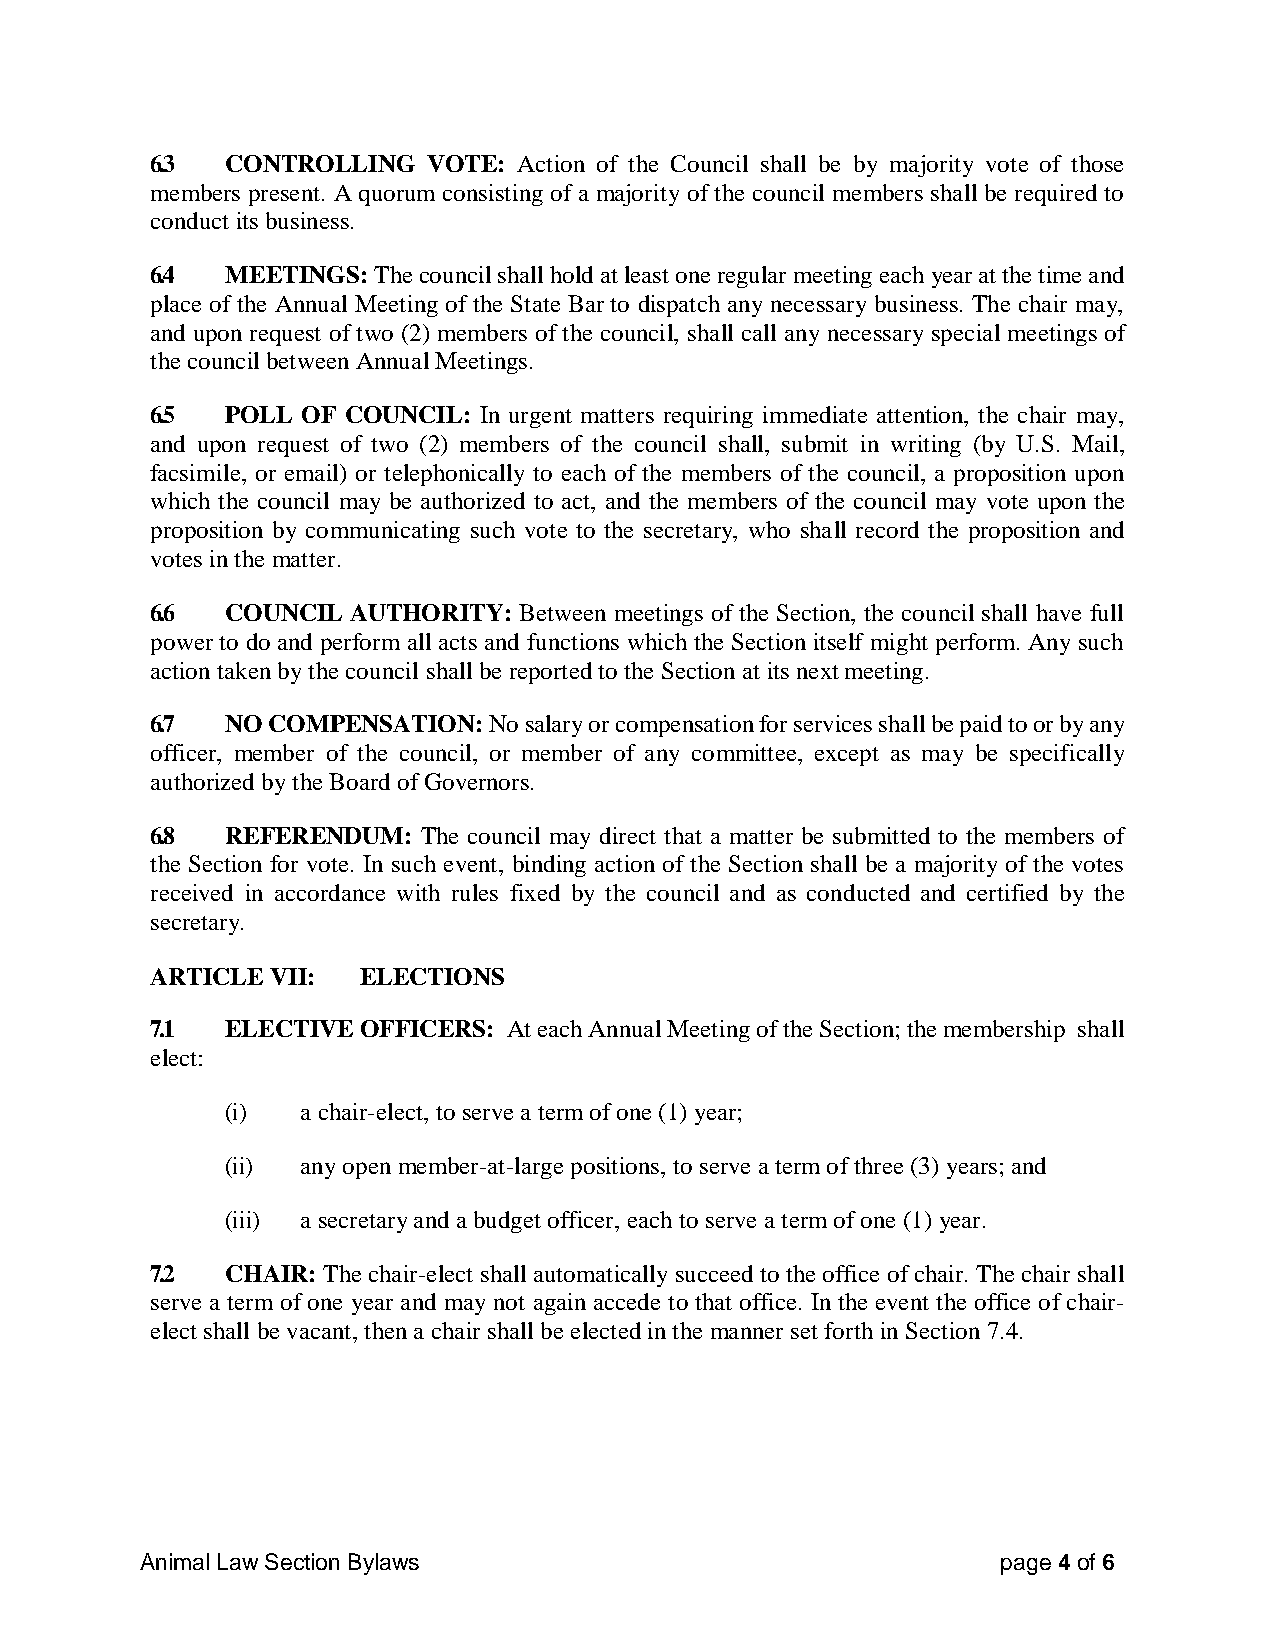
6.3  CONTROLLING  VOTE: Action of the Council shall be by majority vote of those
 members present. A quorum consisting of a majority of the council members shall be required to
 conduct its business.
 6.4  MEETINGS: The council shall hold at least one regular meeting each year at the time and
 place of the Annual Meeting of the State Bar to dispatch any necessary business. The chair may,
 and upon request of two (2) members of the council, shall call any necessary special meetings of
 the council between Annual Meetings.
 6.5  POLL OF COUNCIL: In urgent matters requiring immediate attention, the chair may,
 and upon request of two (2) members of the council shall, submit in writing (by U.S. Mail,
 facsimile, or email) or telephonically to each of the members of the council, a proposition upon
 which the council may be authorized to act, and the members of the council may vote upon the
 proposition by communicating such vote to the secretary, who shall record the proposition and
 votes in the matter.
 6.6  COUNCIL AUTHORITY: Between meetings of the Section, the council shall have full
 power to do and perform all acts and functions which the Section itself might perform. Any such
 action taken by the council shall be reported to the Section at its next meeting.
 6.7  NO COMPENSATION: No salary or compensation for services shall be paid to or by any
 officer, member of the council, or member of any committee, except as may be specifically
 authorized by the Board of Governors.
 6.8  REFERENDUM:  The council may direct that a matter be submitted to the members of
 the Section for vote. In such event, binding action of the Section shall be a majority of the votes
 received in accordance with rules fixed by the council and as conducted and certified by the
 secretary.
 ARTICLE VII:  ELECTIONS
 7.1  ELECTIVE OFFICERS: At each Annual Meeting of the Section; the membership shall
 elect:
 (i)  a chair-elect, to serve a term of one (1) year;
 (ii) any open member-at-large positions, to serve a term of three (3) years; and
 (iii) a secretary and a budget officer, each to serve a term of one (1) year.
 7.2  CHAIR: The chair-elect shall automatically succeed to the office of chair. The chair shall
 serve a term of one year and may not again accede to that office. In the event the office of chair-
 elect shall be vacant, then a chair shall be elected in the manner set forth in Section 7.4.
 Animal Law Section Bylaws                                page 4 of 6